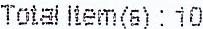
TOTAL ITEM(S) : 10